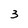
Character: 3